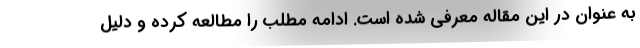
به عنوان در این مقاله معرفی شده است. ادامه مطلب را مطالعه کرده و دلیل